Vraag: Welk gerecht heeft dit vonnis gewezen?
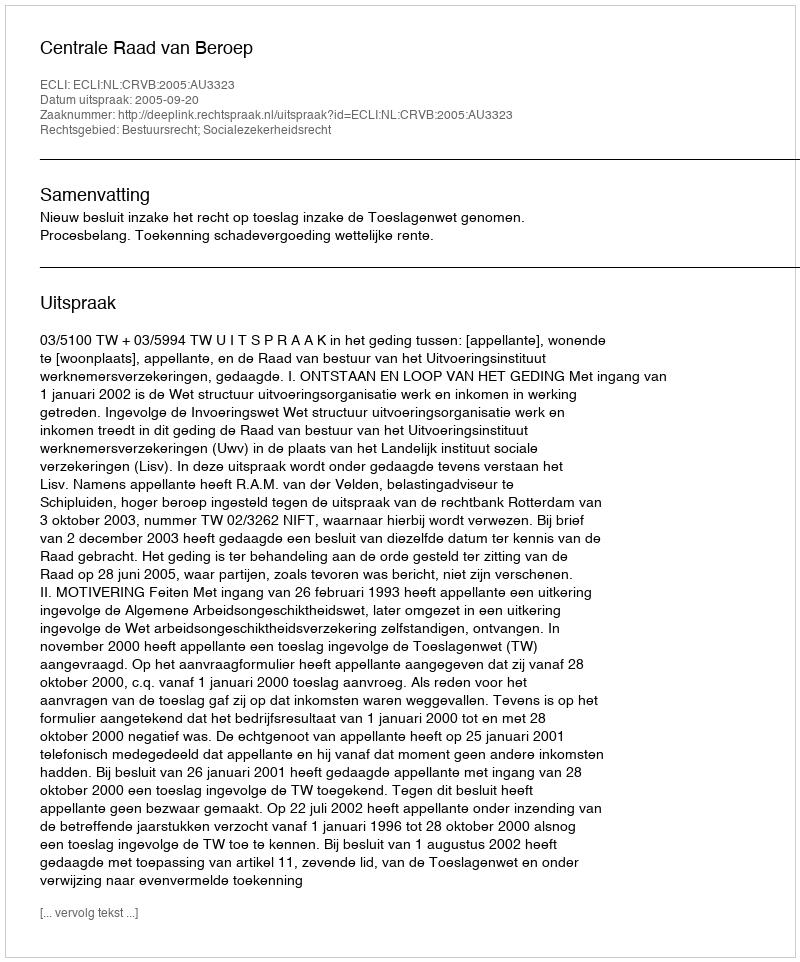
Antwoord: Centrale Raad van Beroep